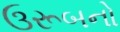
ઉરૂબનો